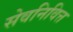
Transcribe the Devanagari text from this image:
सेवनिवित्त